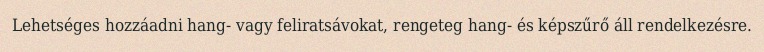
Lehetséges hozzáadni hang- vagy feliratsávokat, rengeteg hang- és képszűrő áll rendelkezésre.